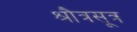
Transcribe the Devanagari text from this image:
श्रौत्रसूत्र